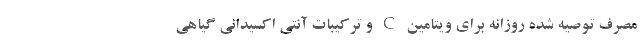
مصرف توصیه شده روزانه برای ویتامین C و ترکیبات آنتی اکسیدانی گیاهی